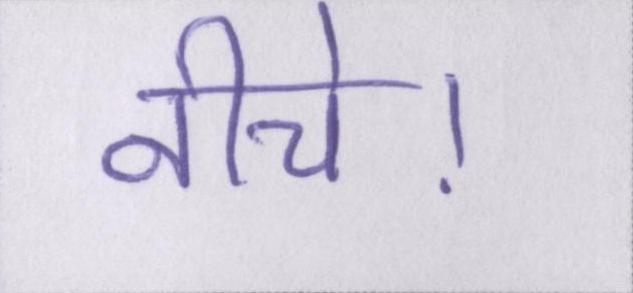
नीचे।